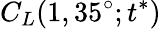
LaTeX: C_{L}(1,35^{\circ};t^{*})